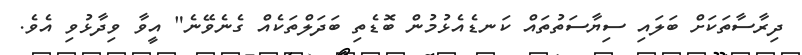
ދިރާސާތަކަށް ބަލައި ސިޔާސަތުތައް ކަނޑެއެޅުމުން ބޮޑެތި ބަދަލްތަކެއް ގެނެވޭނެ" އީވާ ވިދާޅުވި އެވެ.